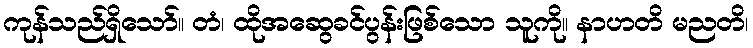
ကုန်သည်ရှိသော်။ တံ၊ ထိုအဆွေခင်ပွန်းဖြစ်သော သူကို။ နာဟတိ မညတိ၊